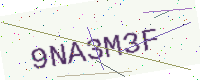
Text: 9NA3M3F